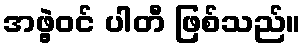
အဖွဲ့ဝင် ပါတီ ဖြစ်သည်။